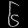
Digit: ၆